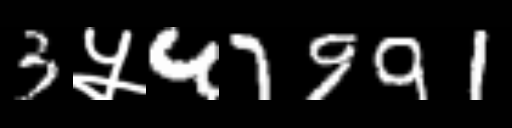
Text: 3५47991